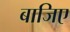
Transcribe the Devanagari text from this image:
बाजिए